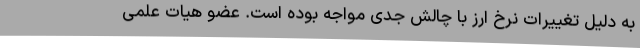
به دلیل تغییرات نرخ ارز با چالش جدی مواجه بوده ‌است. عضو هیات علمی